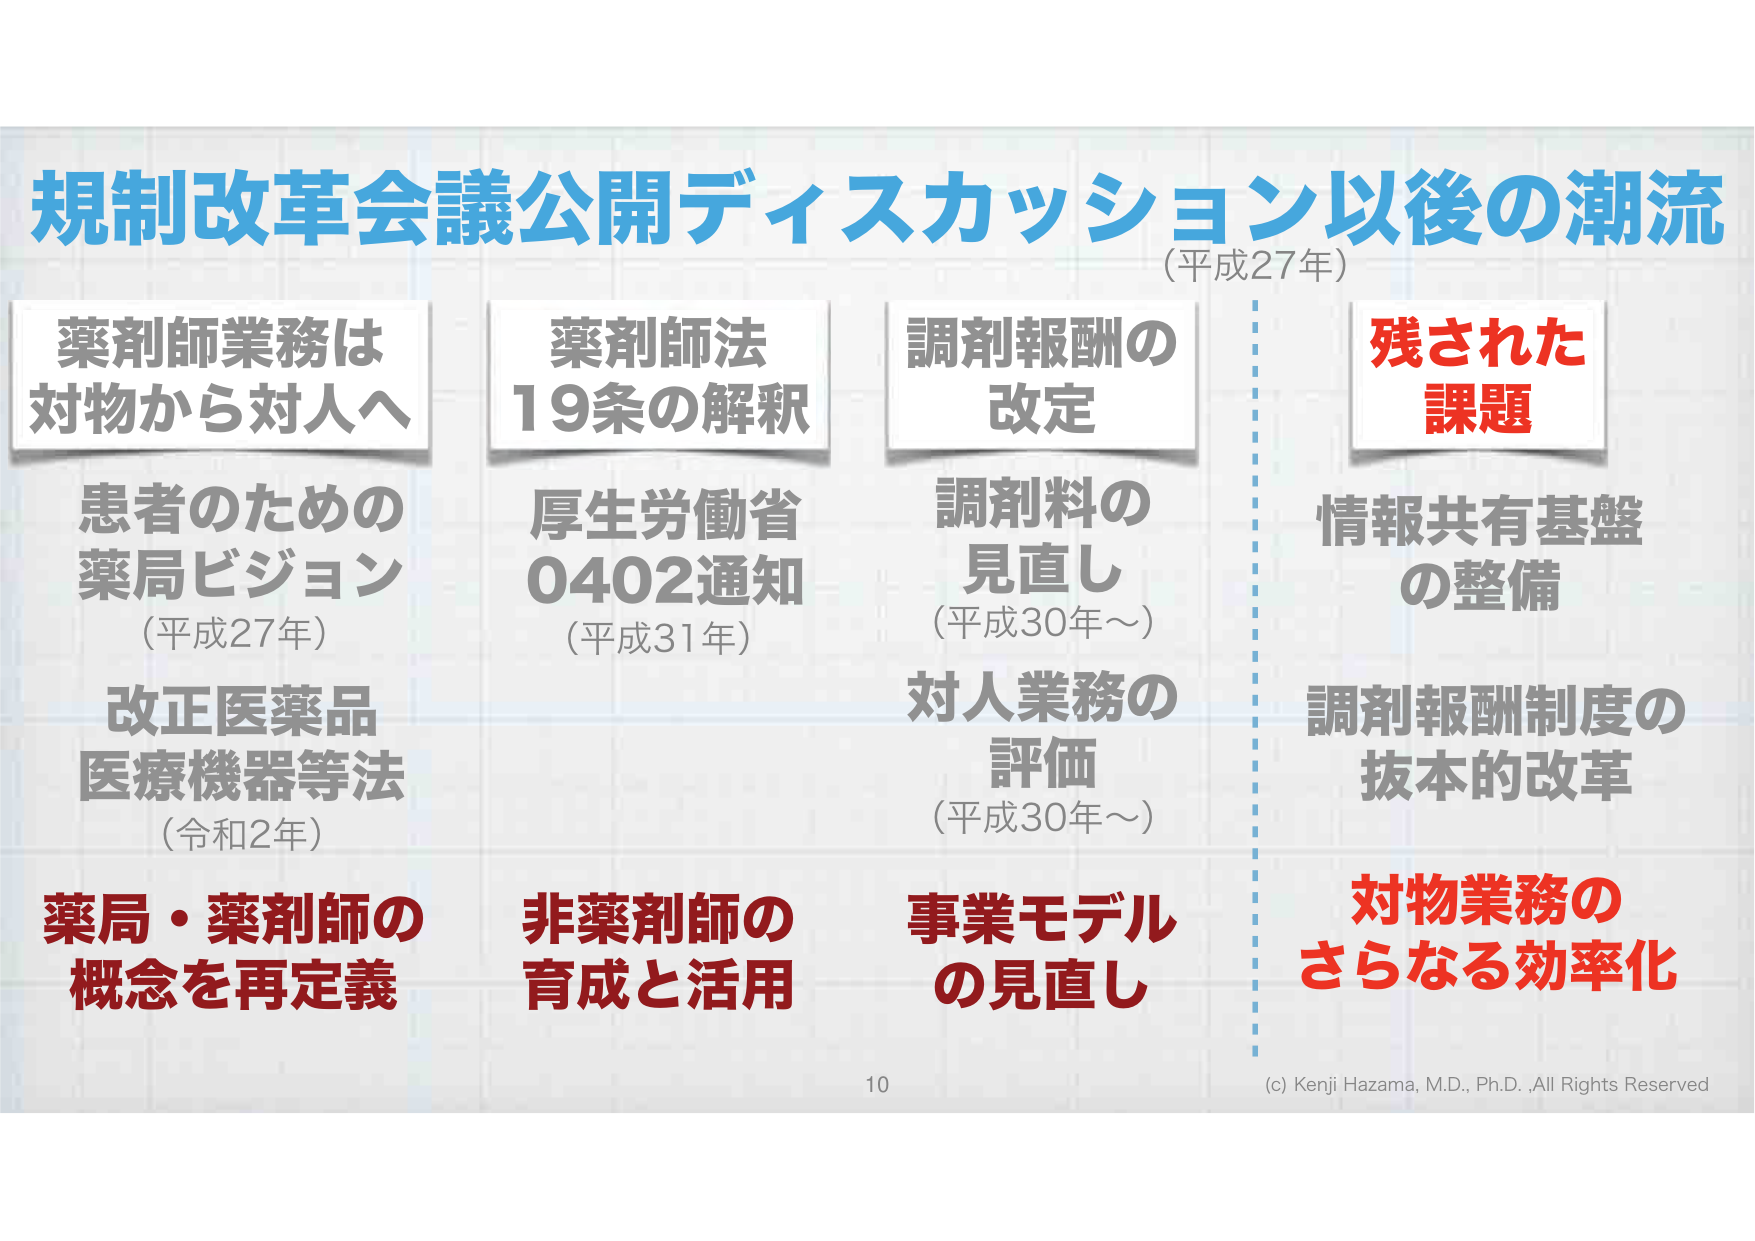
規制改革会議公開ディスカッション以後の潮流
（平成27年）

薬剤師業務は
対物から対人へ

患者のための
薬局ビジョン
（平成27年）

改正医薬品
医療機器等法
（令和2年）

薬局・薬剤師の
概念を再定義

薬剤師法
19条の解釈

厚生労働省
0402通知
（平成31年）

非薬剤師の
育成と活用

調剤報酬の
改定

調剤料の
見直し
（平成30年～）

対人業務の
評価
（平成30年～）

事業モデル
の見直し

残された
課題

情報共有基盤
の整備

調剤報酬制度の
抜本的改革

対物業務の
さらなる効率化

10
(c) Kenji Hazama, M.D., Ph.D., All Rights Reserved